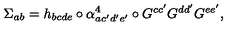
\Sigma _ { a b } = h _ { b c d e } \circ \alpha _ { a c ^ { \prime } d ^ { \prime } e ^ { \prime } } ^ { 4 } \circ G ^ { c c ^ { \prime } } G ^ { d d ^ { \prime } } G ^ { e e ^ { \prime } } ,